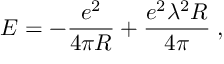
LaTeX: E = - \frac { e ^ { 2 } } { 4 \pi R } + \frac { e ^ { 2 } \lambda ^ { 2 } R } { 4 \pi } \; ,